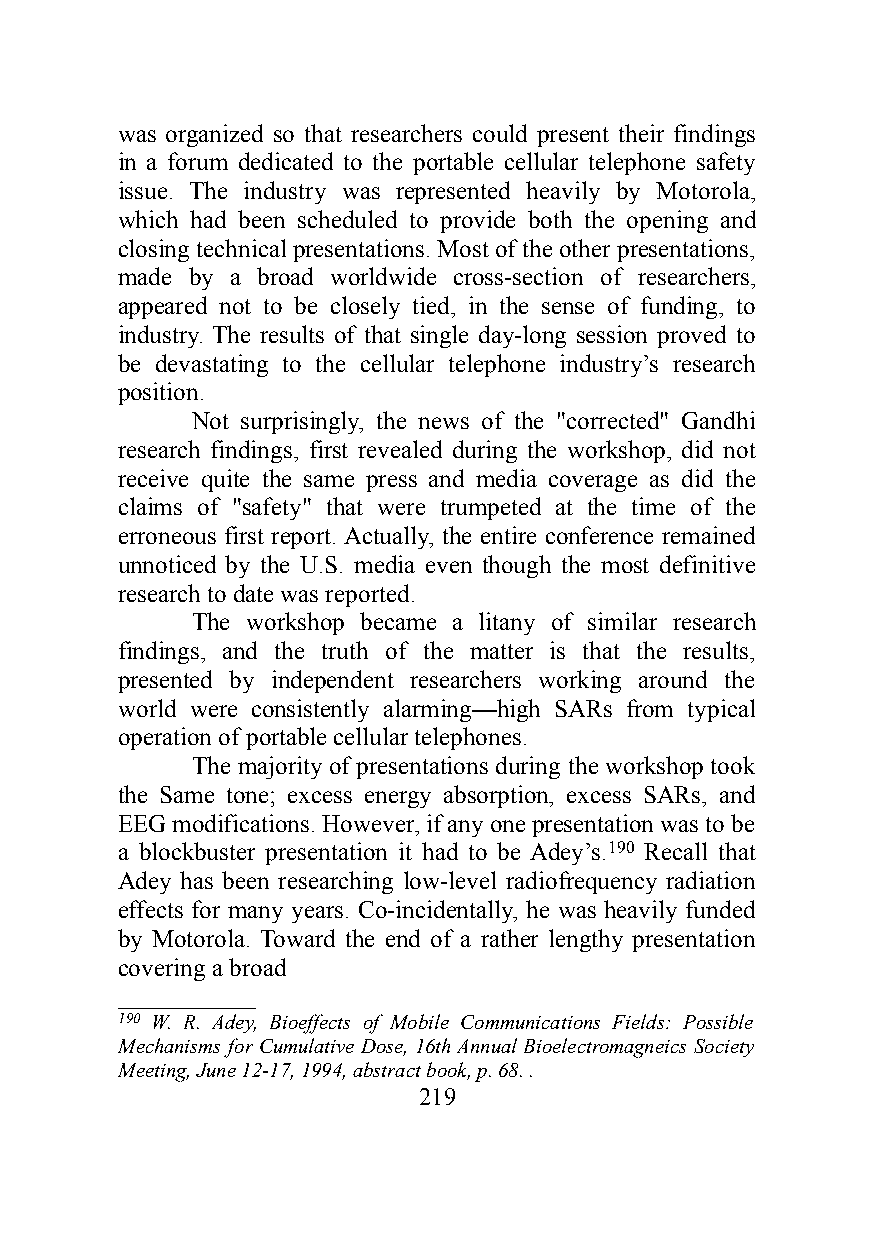
was organized so that researchers could present their findings
 in a forum dedicated to the portable cellular telephone safety
 issue. The industry was represented heavily by Motorola,
 which had been scheduled to provide both the opening and
 closing technical presentations. Most of the other presentations,
 made by a broad worldwide cross-section of researchers,
 appeared not to be closely tied, in the sense of funding, to
 industry. The results of that single day-long session proved to
 be devastating to the cellular telephone industry’s research
 position.
 Not surprisingly, the news of the "corrected" Gandhi
 research findings, first revealed during the workshop, did not
 receive quite the same press and media coverage as did the
 claims of "safety" that were trumpeted at the time of the
 erroneous first report. Actually, the entire conference remained
 unnoticed by the U.S. media even though the most definitive
 research to date was reported.
 The workshop became a litany of similar research
 findings, and the truth of the matter is that the results,
 presented by independent researchers working around the
 world were consistently alarming—high SARs from typical
 operation of portable cellular telephones.
 The majority of presentations during the workshop took
 the Same tone; excess energy absorption, excess SARs, and
 EEG modifications. However, if any one presentation was to be
 a blockbuster presentation it had to be Adey’s.190 Recall that
 Adey has been researching low-level radiofrequency radiation
 effects for many years. Co-incidentally, he was heavily funded
 by Motorola. Toward the end of a rather lengthy presentation
 covering a broad
 ___________
 190 W. R. Adey, Bioeffects of Mobile Communications Fields: Possible
 Mechanisms for Cumulative Dose, 16th Annual Bioelectromagneics Society
 Meeting, June 12-17, 1994, abstract book, p. 68. .
 219